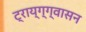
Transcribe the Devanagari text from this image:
ट्राय्ग्ग्वासन